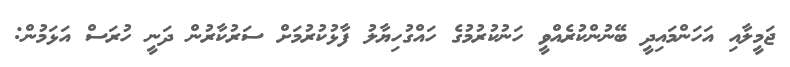
ޖަމީލާއި އަހަންމައިދީ ބޭނުންކުރެއްވީ ހަނުކުރުމުގެ ހައްގުހިޔާލު ފާޅުކުރުމަށް ސަރުކާރުން ދަނީ ހުރަސް އަޅަމުން: